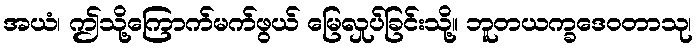
အယံ၊ ဤသို့ကြောက်မက်ဖွယ် မြေလှုပ်ခြင်းသို့။ ဘူတယက္ခဒေဝတာသု၊